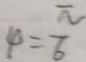
4 = \frac { \pi } { 6 }